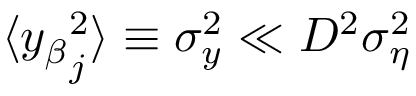
\langle { y _ { \beta } } _ { j } ^ { 2 } \rangle \equiv \sigma _ { y } ^ { 2 } \ll D ^ { 2 } \sigma _ { \eta } ^ { 2 }